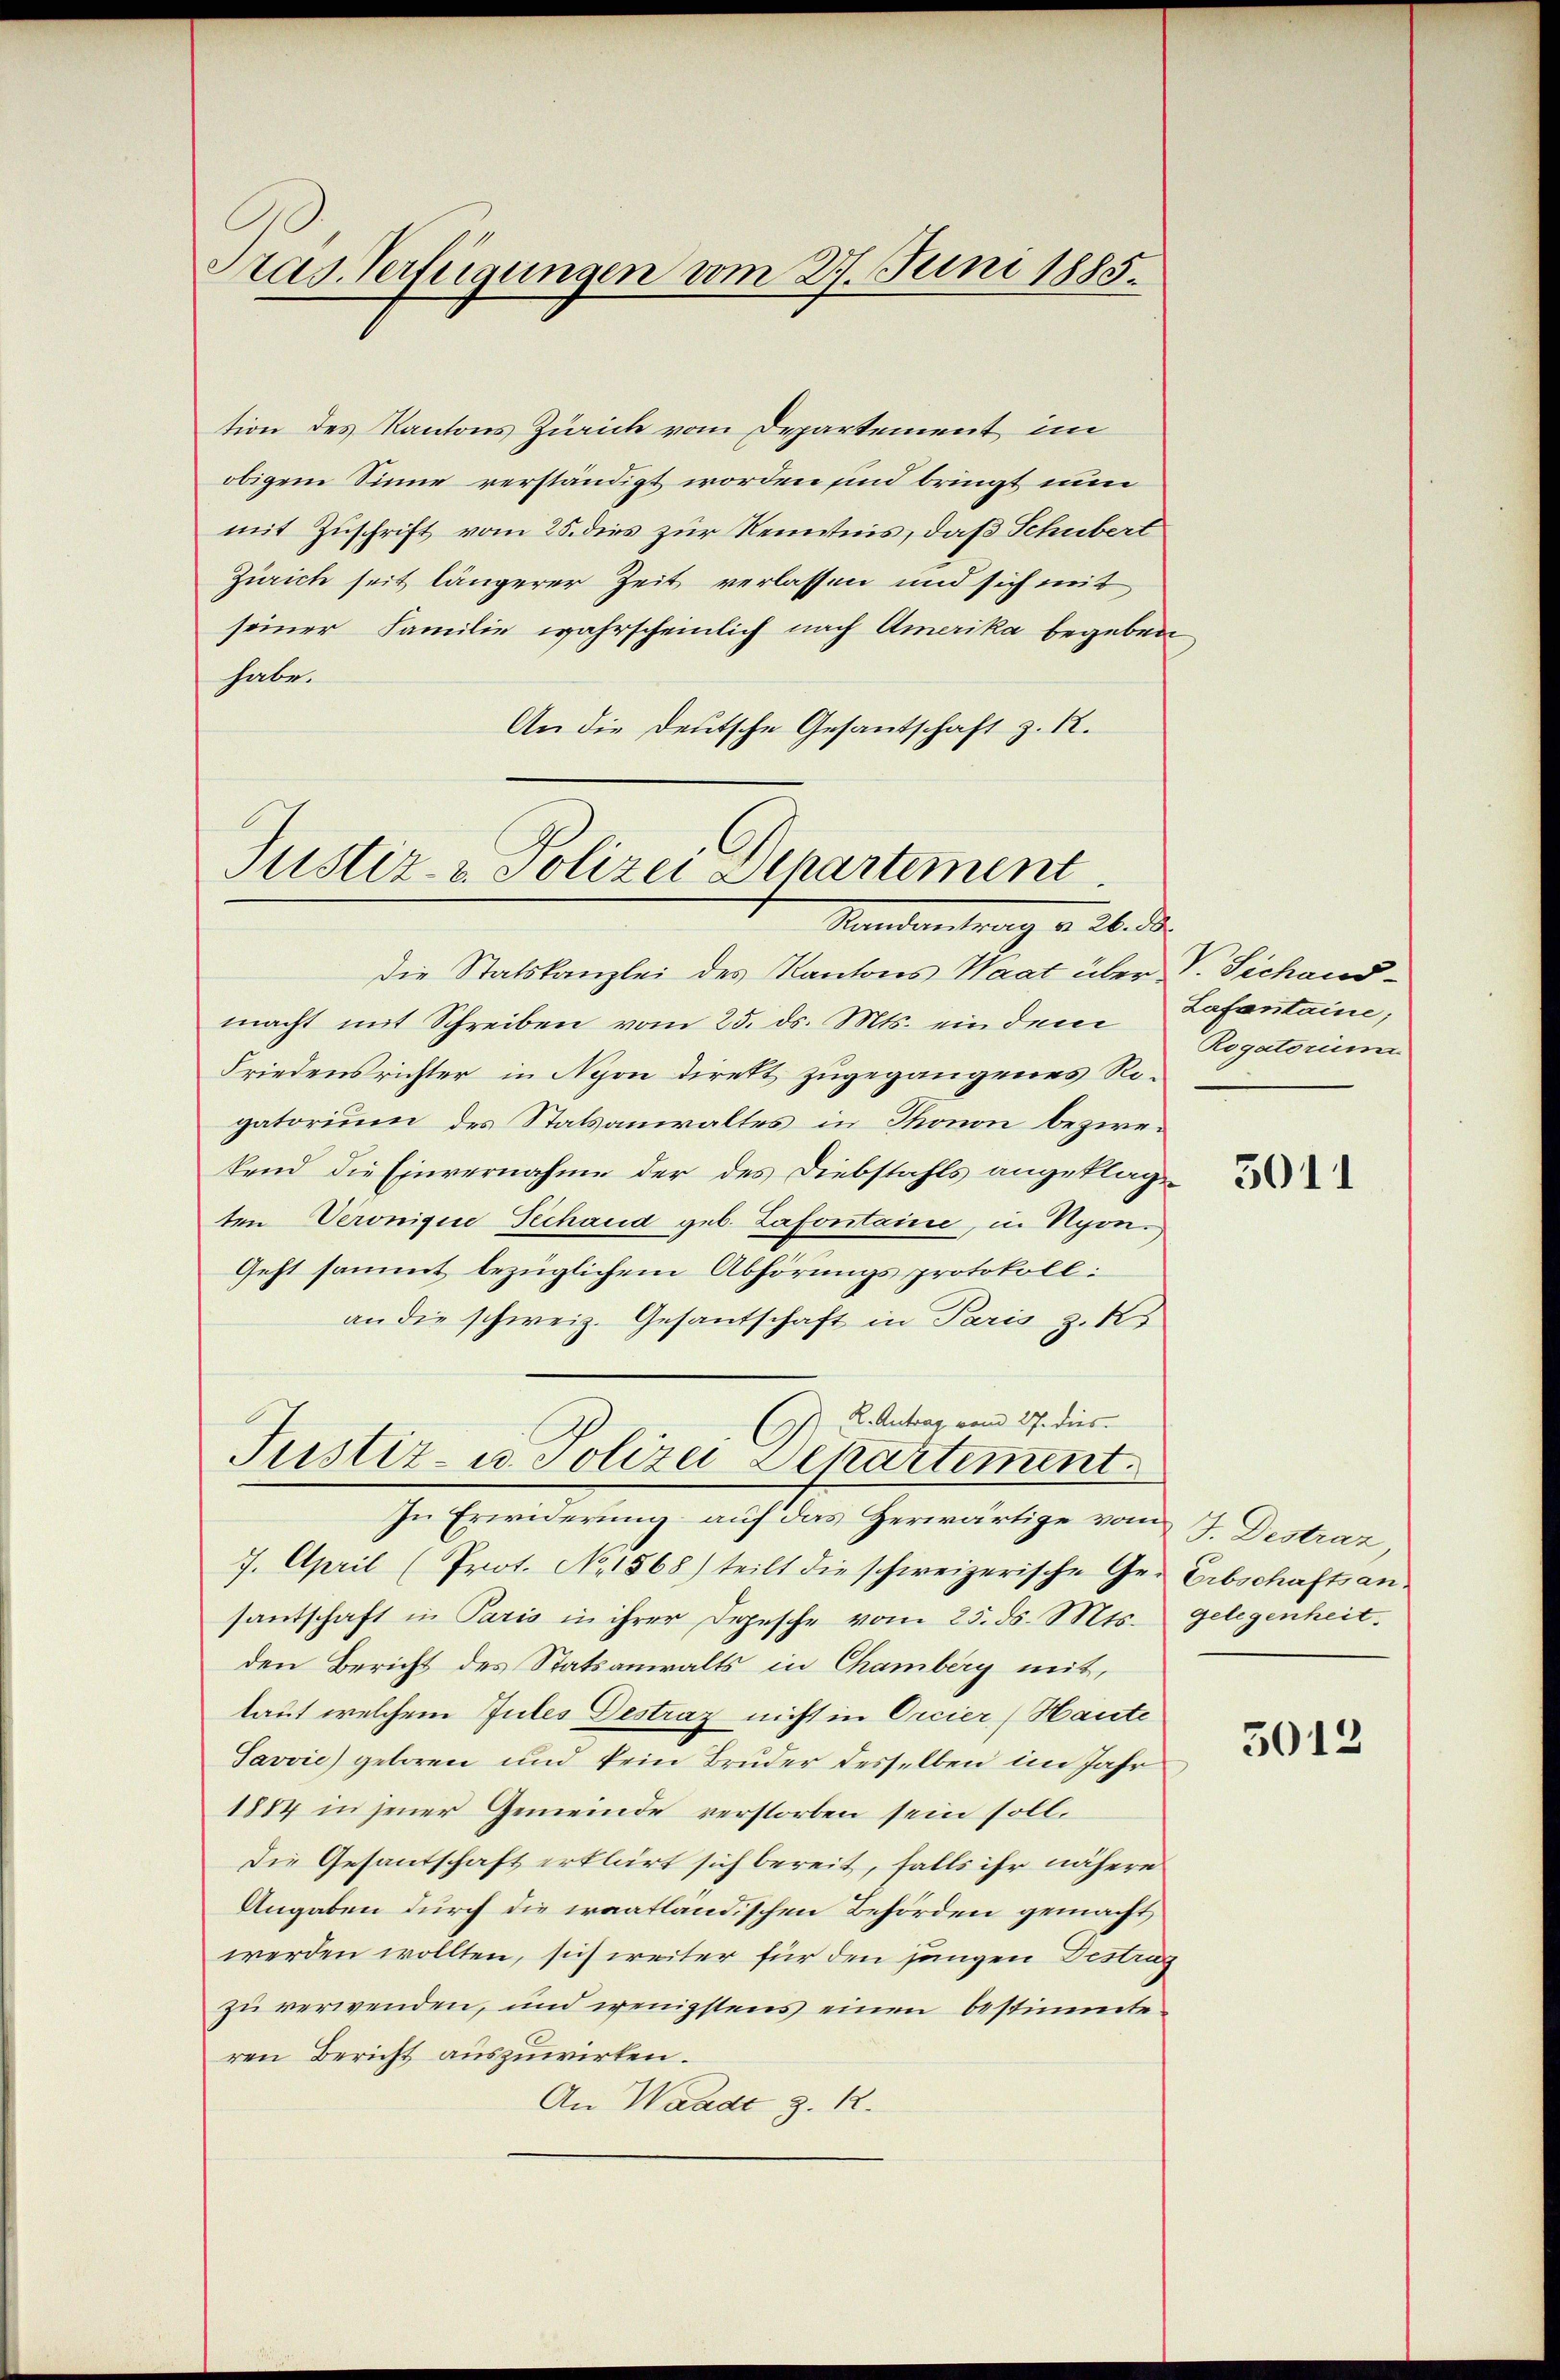
Tras Verfügungen vom 27. Juni 1885.

tion des Kantons Zürich vom Departement im
obigem Sinne verständigt worden sind bringt nun
mit Zuschrift vom 25. dies zur Kenntnis, daß Schubert
Zürich seit längerer Zeit verlassen und sich mit
seiner Familie wahrscheinlich nach Amerika begeben
habe.
An die Deutsche Gesantschaft z. R.

Justiz- & Polizei Departement
Standentrag v. 26. d.

Die Statskanzlei des Kantons Waat über V. Sichandmacht mit Schreiben vom 25. ds. Mts. eindem Lafontaine,
Friedensrichter in Nyon direkt zugegangenes Rogatorium des Statsanwaltes in Thonon bezwekend die Einvernahme der des Diebstahls angeklage
ten Veronique Techand geb. Lafontaine, in Nyon.
Geht sammt bezüglichem Abhörungsprotokoll:
an die schweiz. Gesantschaft in Paris z. K
In Erwiderung auf das Herwärtige vom 7. Destraz,
7. April (Prot. No. 1568) teilt die schweizerische Ges Erbschaftsan.
santschaft in Paris in ihrer Depesche vom 25. ds. Mts.
den Bericht des Statsanwalts in Chamberg mit,
laut welchem Gutes Destraz nicht in Orcier (Haute
Javvie) geboren und kein Bruder desselben im Jahr
1884 in jener Gemeinde verstorben sein soll.
Die Gesantschaft erklärt sich bereit, falls ihr nähere
Angaben durch die iraatländischen Behörden gemacht,
werden wollten, sich weiter für den jungen Destrag
zu verwenden, und wenigstens einen bestimmte
ren Bericht auszuwirken.
An Waadt z. R.

K. Antrag vom 27. dies
Justiz- u. Polizei Departement

Rogatorium

3011

gelegenheit.

5012